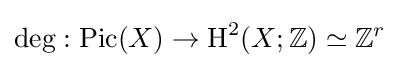
\deg :\operatorname {Pic} (X)\to \operatorname {H} ^{2}(X;\mathbb {Z} )\simeq \mathbb {Z} ^{r}